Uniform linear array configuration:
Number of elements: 16
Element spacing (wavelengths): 0.75
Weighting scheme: uniform
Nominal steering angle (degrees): -45
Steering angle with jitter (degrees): -46.843
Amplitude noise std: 0.05
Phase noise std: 0.05

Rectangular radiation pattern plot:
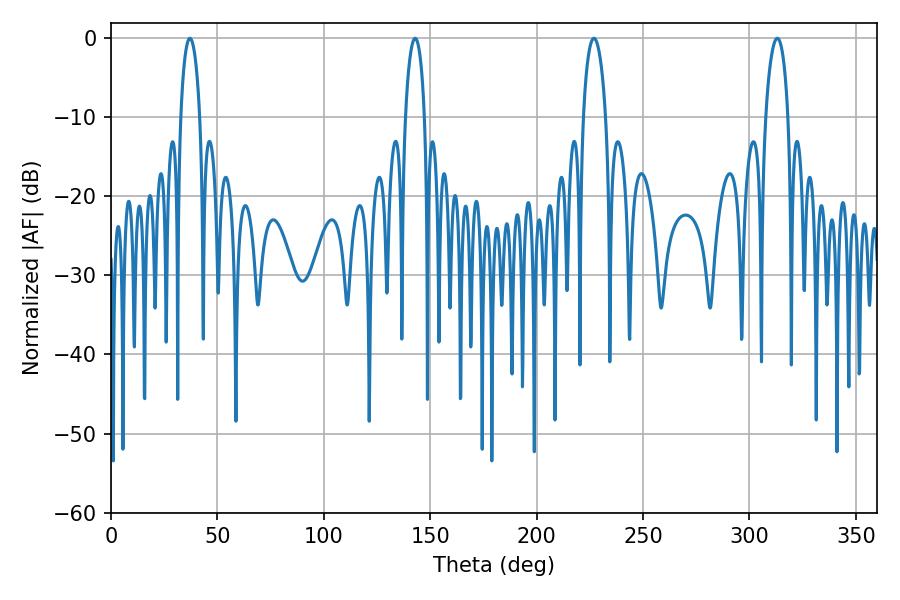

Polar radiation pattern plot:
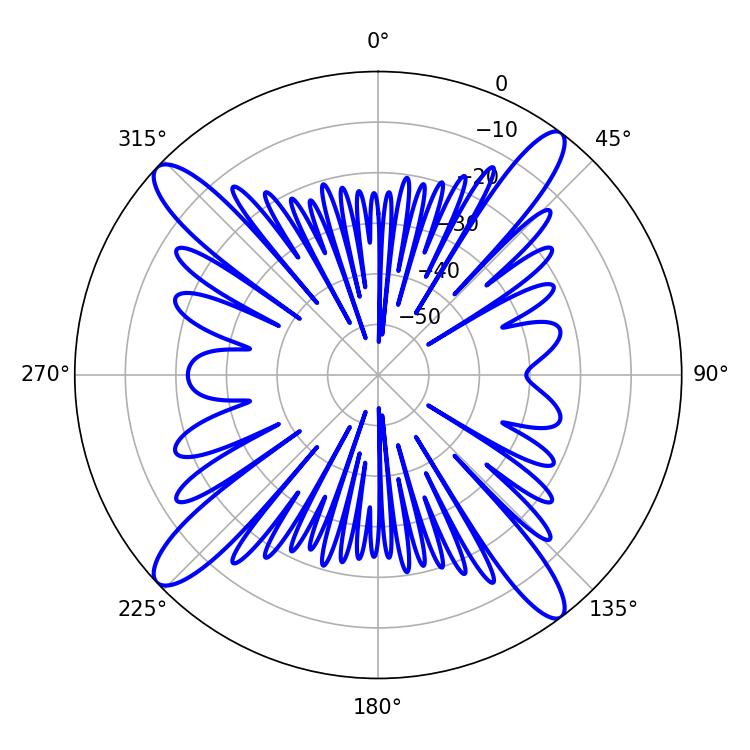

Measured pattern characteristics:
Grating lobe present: TRUE
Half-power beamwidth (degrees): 5.04
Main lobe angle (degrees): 37.08